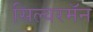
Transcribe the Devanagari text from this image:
सिल्वरमॅन